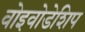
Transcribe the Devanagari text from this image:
वोइवोडेशिप